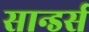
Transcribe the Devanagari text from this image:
सान्डर्स